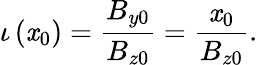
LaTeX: \iota\left(\mathit{x}_{0}\right)=\frac{{B_{y0}}}{{B_{z0}}}=\frac{{\mathit{x}_{0}}}{{B_{z0}}}.